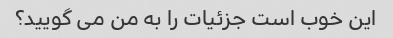
این خوب است جزئیات را به من می گویید؟